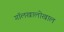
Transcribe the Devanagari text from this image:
गॉलखालोखाल